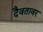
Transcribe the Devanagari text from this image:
दैवतावर